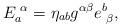
LaTeX: \begin{align*}E_{a}^{\,\,\alpha} = \eta_{ab}g^{\alpha\beta} e^{b}_{\,\,\beta},\end{align*}